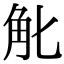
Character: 𧢶